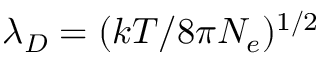
\lambda _ { D } = ( k T / 8 \pi N _ { e } ) ^ { 1 / 2 }